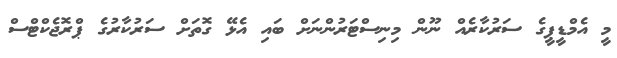
މީ އެމްޑީޕީގެ ސަރުކާރެއް ނޫން މިނިސްޓަރުންނަށް ބައި އެޅޭ ގޮތަށް ސަރުކާރުގެ ޕްރޮޖެކްޓްސް